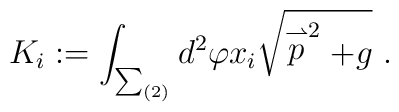
K_{i} := \int_{\sum_{(2)}} d^2 \varphi x_{i}   \sqrt{\stackrel{\rightharpoonup}{p}^2+g}\ .